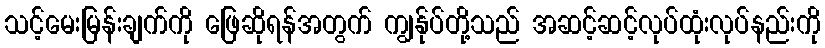
သင့်မေးမြန်းချက်ကို ဖြေဆိုရန်အတွက် ကျွန်ုပ်တို့သည် အဆင့်ဆင့်လုပ်ထုံးလုပ်နည်းကို